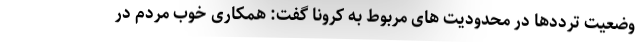
وضعیت ترددها در محدودیت های مربوط به کرونا گفت: همکاری خوب مردم در